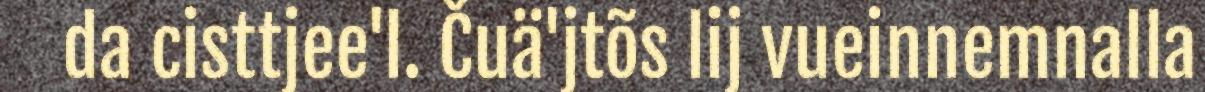
da cisttjee'l. Čuä'jtõs lij vueinnemnalla